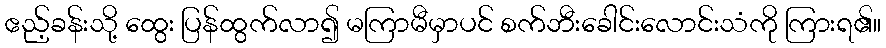
ဧည့်ခန်းသို့ ထွေး ပြန်ထွက်လာ၍ မကြာမီမှာပင် စက်ဘီးခေါင်းလောင်းသံကို ကြားရ၏။